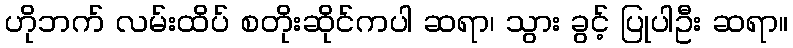
ဟိုဘက် လမ်းထိပ် စတိုးဆိုင်ကပါ ဆရာ၊ သွား ခွင့် ပြုပါဦး ဆရာ။